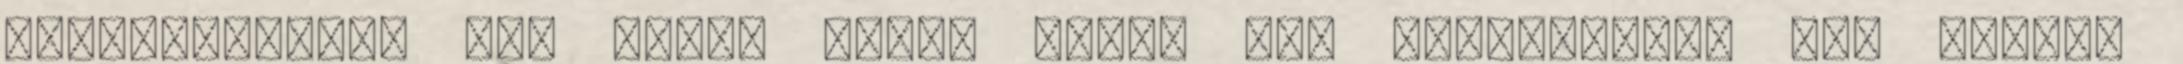
Romanée-Conti név miatt talán akkor sem horgasztjuk le, amikor